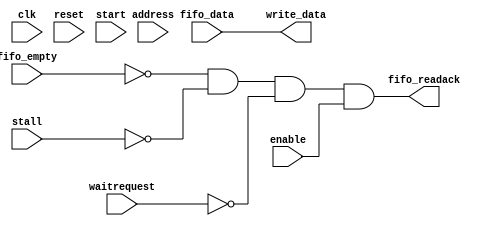
module ST_to_MM_Adapter (
  clk,
  reset,

  enable,
  address,
  start,
  waitrequest,
  stall,
  write_data,
  
  fifo_data,
  fifo_empty,
  fifo_readack
);

  parameter DATA_WIDTH = 32;
  parameter BYTEENABLE_WIDTH_LOG2 = 2;
  parameter ADDRESS_WIDTH = 32;
  parameter UNALIGNED_ACCESS_ENABLE = 0;  // when set to 0 this block will be a pass through (save on resources when unaligned accesses are not needed)
  localparam BYTES_TO_NEXT_BOUNDARY_WIDTH = BYTEENABLE_WIDTH_LOG2 + 1;  // 2, 3, 4, 5, 6 for byte enable widths of 2, 4, 8, 16, 32

  input clk;
  input reset;
  
  input enable;  // must make sure that the adapter doesn't accept data when a transfer it doesn't know what "bytes_to_transfer" is yet
  input [ADDRESS_WIDTH-1:0] address;
  input start;   // one cycle strobe at the start of a transfer used to determine bytes_to_transfer
  input waitrequest;
  input stall;
  output wire [DATA_WIDTH-1:0] write_data;

  input [DATA_WIDTH-1:0] fifo_data;
  input fifo_empty;
  output wire fifo_readack;
  

  wire [BYTES_TO_NEXT_BOUNDARY_WIDTH-1:0] bytes_to_next_boundary;  
  wire [DATA_WIDTH-1:0] barrelshifter_A;
  wire [DATA_WIDTH-1:0] barrelshifter_B;
  reg [DATA_WIDTH-1:0] barrelshifter_B_d1;
  wire [DATA_WIDTH-1:0] combined_word;  // bitwise OR between barrelshifter_A and barrelshifter_B (each has zero padding so that bytelanes don't overlap)
  wire [BYTES_TO_NEXT_BOUNDARY_WIDTH-2:0] bytes_to_next_boundary_minus_one;  // simplifies barrelshifter select logic
  reg [BYTES_TO_NEXT_BOUNDARY_WIDTH-2:0] bytes_to_next_boundary_minus_one_d1;
  wire [DATA_WIDTH-1:0] barrelshifter_input_A [0:((DATA_WIDTH/8)-1)];  // will be used to create barrelshifter_A inputs
  wire [DATA_WIDTH-1:0] barrelshifter_input_B [0:((DATA_WIDTH/8)-1)];  // will be used to create barrelshifter_B inputs




  always @ (posedge clk or posedge reset)
  begin
    if (reset)
    begin
      bytes_to_next_boundary_minus_one_d1 <= 0;
    end
    else if (start)
    begin
      bytes_to_next_boundary_minus_one_d1 <= bytes_to_next_boundary_minus_one;
    end
  end


  always @ (posedge clk or posedge reset)
  begin
    if (reset)
    begin
      barrelshifter_B_d1 <= 0;
    end
    else
    begin
      if (start == 1)
      begin
        barrelshifter_B_d1 <= 0;
      end
      else if (fifo_readack == 1)
      begin
        barrelshifter_B_d1 <= barrelshifter_B;
      end
    end
  end


  assign bytes_to_next_boundary = (DATA_WIDTH/8) - address[BYTEENABLE_WIDTH_LOG2-1:0];  // bytes per word - unaligned byte offset = distance to next boundary
  assign bytes_to_next_boundary_minus_one = bytes_to_next_boundary - 1;
  assign combined_word = barrelshifter_A | barrelshifter_B_d1;

generate
genvar input_offset;
for(input_offset = 0; input_offset < (DATA_WIDTH/8); input_offset = input_offset + 1)
begin:  barrel_shifter_inputs
  assign barrelshifter_input_A[input_offset] = fifo_data << (8 * ((DATA_WIDTH/8)-(input_offset+1)));
  assign barrelshifter_input_B[input_offset] = fifo_data >> (8 * (input_offset + 1));
end
endgenerate

  assign barrelshifter_A = barrelshifter_input_A[bytes_to_next_boundary_minus_one_d1];
  assign barrelshifter_B = barrelshifter_input_B[bytes_to_next_boundary_minus_one_d1];
  
generate
if (UNALIGNED_ACCESS_ENABLE == 1)
begin
  assign fifo_readack = (fifo_empty == 0) & (stall == 0) & (waitrequest == 0) & (enable == 1) & (start == 0);
  assign write_data = combined_word;
end
else
begin
  assign fifo_readack = (fifo_empty == 0) & (stall == 0) & (waitrequest == 0) & (enable == 1);
  assign write_data = fifo_data;
end
endgenerate

endmodule